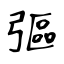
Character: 彄